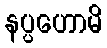
နပ္ပဟောမိ